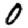
Digit: 0